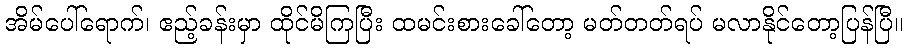
အိမ်ပေါ်ရောက်၊ ဧည့်ခန်းမှာ ထိုင်မိကြပြီး ထမင်းစားခေါ်တော့ မတ်တတ်ရပ် မလာနိုင်တော့ပြန်ပြီ။